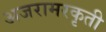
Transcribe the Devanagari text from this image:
अजरामरकृती